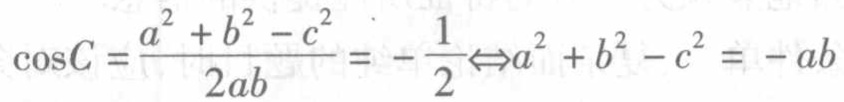
\(\cos C=\frac{a^{2}+b^{2}-c^{2}}{2ab}=-\frac{1}{2}\Leftrightarrow a^{2}+b^{2}-c^{2}=-ab\)